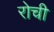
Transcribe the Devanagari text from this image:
रोची